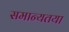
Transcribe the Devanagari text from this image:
समान्यतया